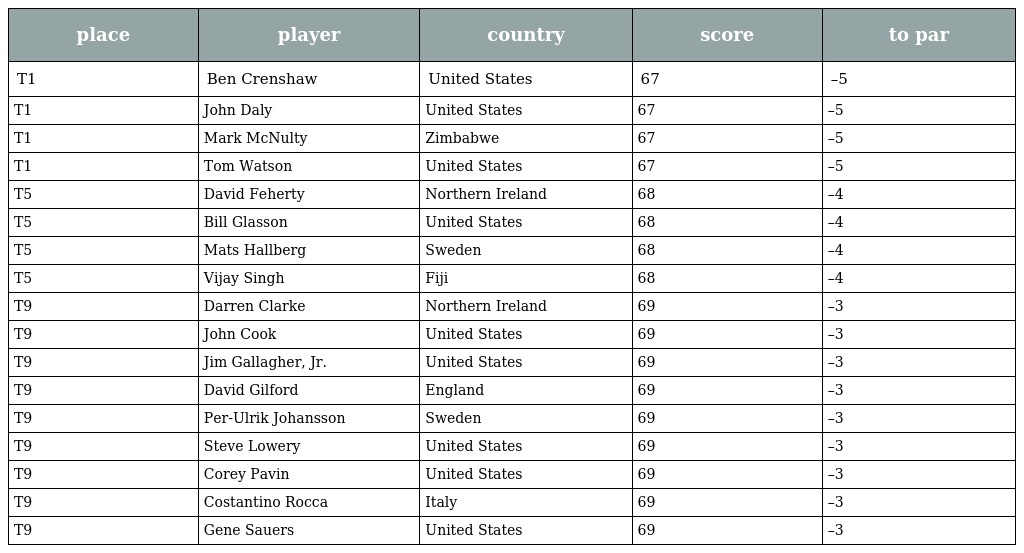
| place | player | country | score | to par |
 | --- | --- | --- | --- | --- |
 | T1 | Ben Crenshaw | United States | 67 | –5 |
 | T1 | John Daly | United States | 67 | –5 |
 | T1 | Mark McNulty | Zimbabwe | 67 | –5 |
 | T1 | Tom Watson | United States | 67 | –5 |
 | T5 | David Feherty | Northern Ireland | 68 | –4 |
 | T5 | Bill Glasson | United States | 68 | –4 |
 | T5 | Mats Hallberg | Sweden | 68 | –4 |
 | T5 | Vijay Singh | Fiji | 68 | –4 |
 | T9 | Darren Clarke | Northern Ireland | 69 | –3 |
 | T9 | John Cook | United States | 69 | –3 |
 | T9 | Jim Gallagher, Jr. | United States | 69 | –3 |
 | T9 | David Gilford | England | 69 | –3 |
 | T9 | Per-Ulrik Johansson | Sweden | 69 | –3 |
 | T9 | Steve Lowery | United States | 69 | –3 |
 | T9 | Corey Pavin | United States | 69 | –3 |
 | T9 | Costantino Rocca | Italy | 69 | –3 |
 | T9 | Gene Sauers | United States | 69 | –3 |